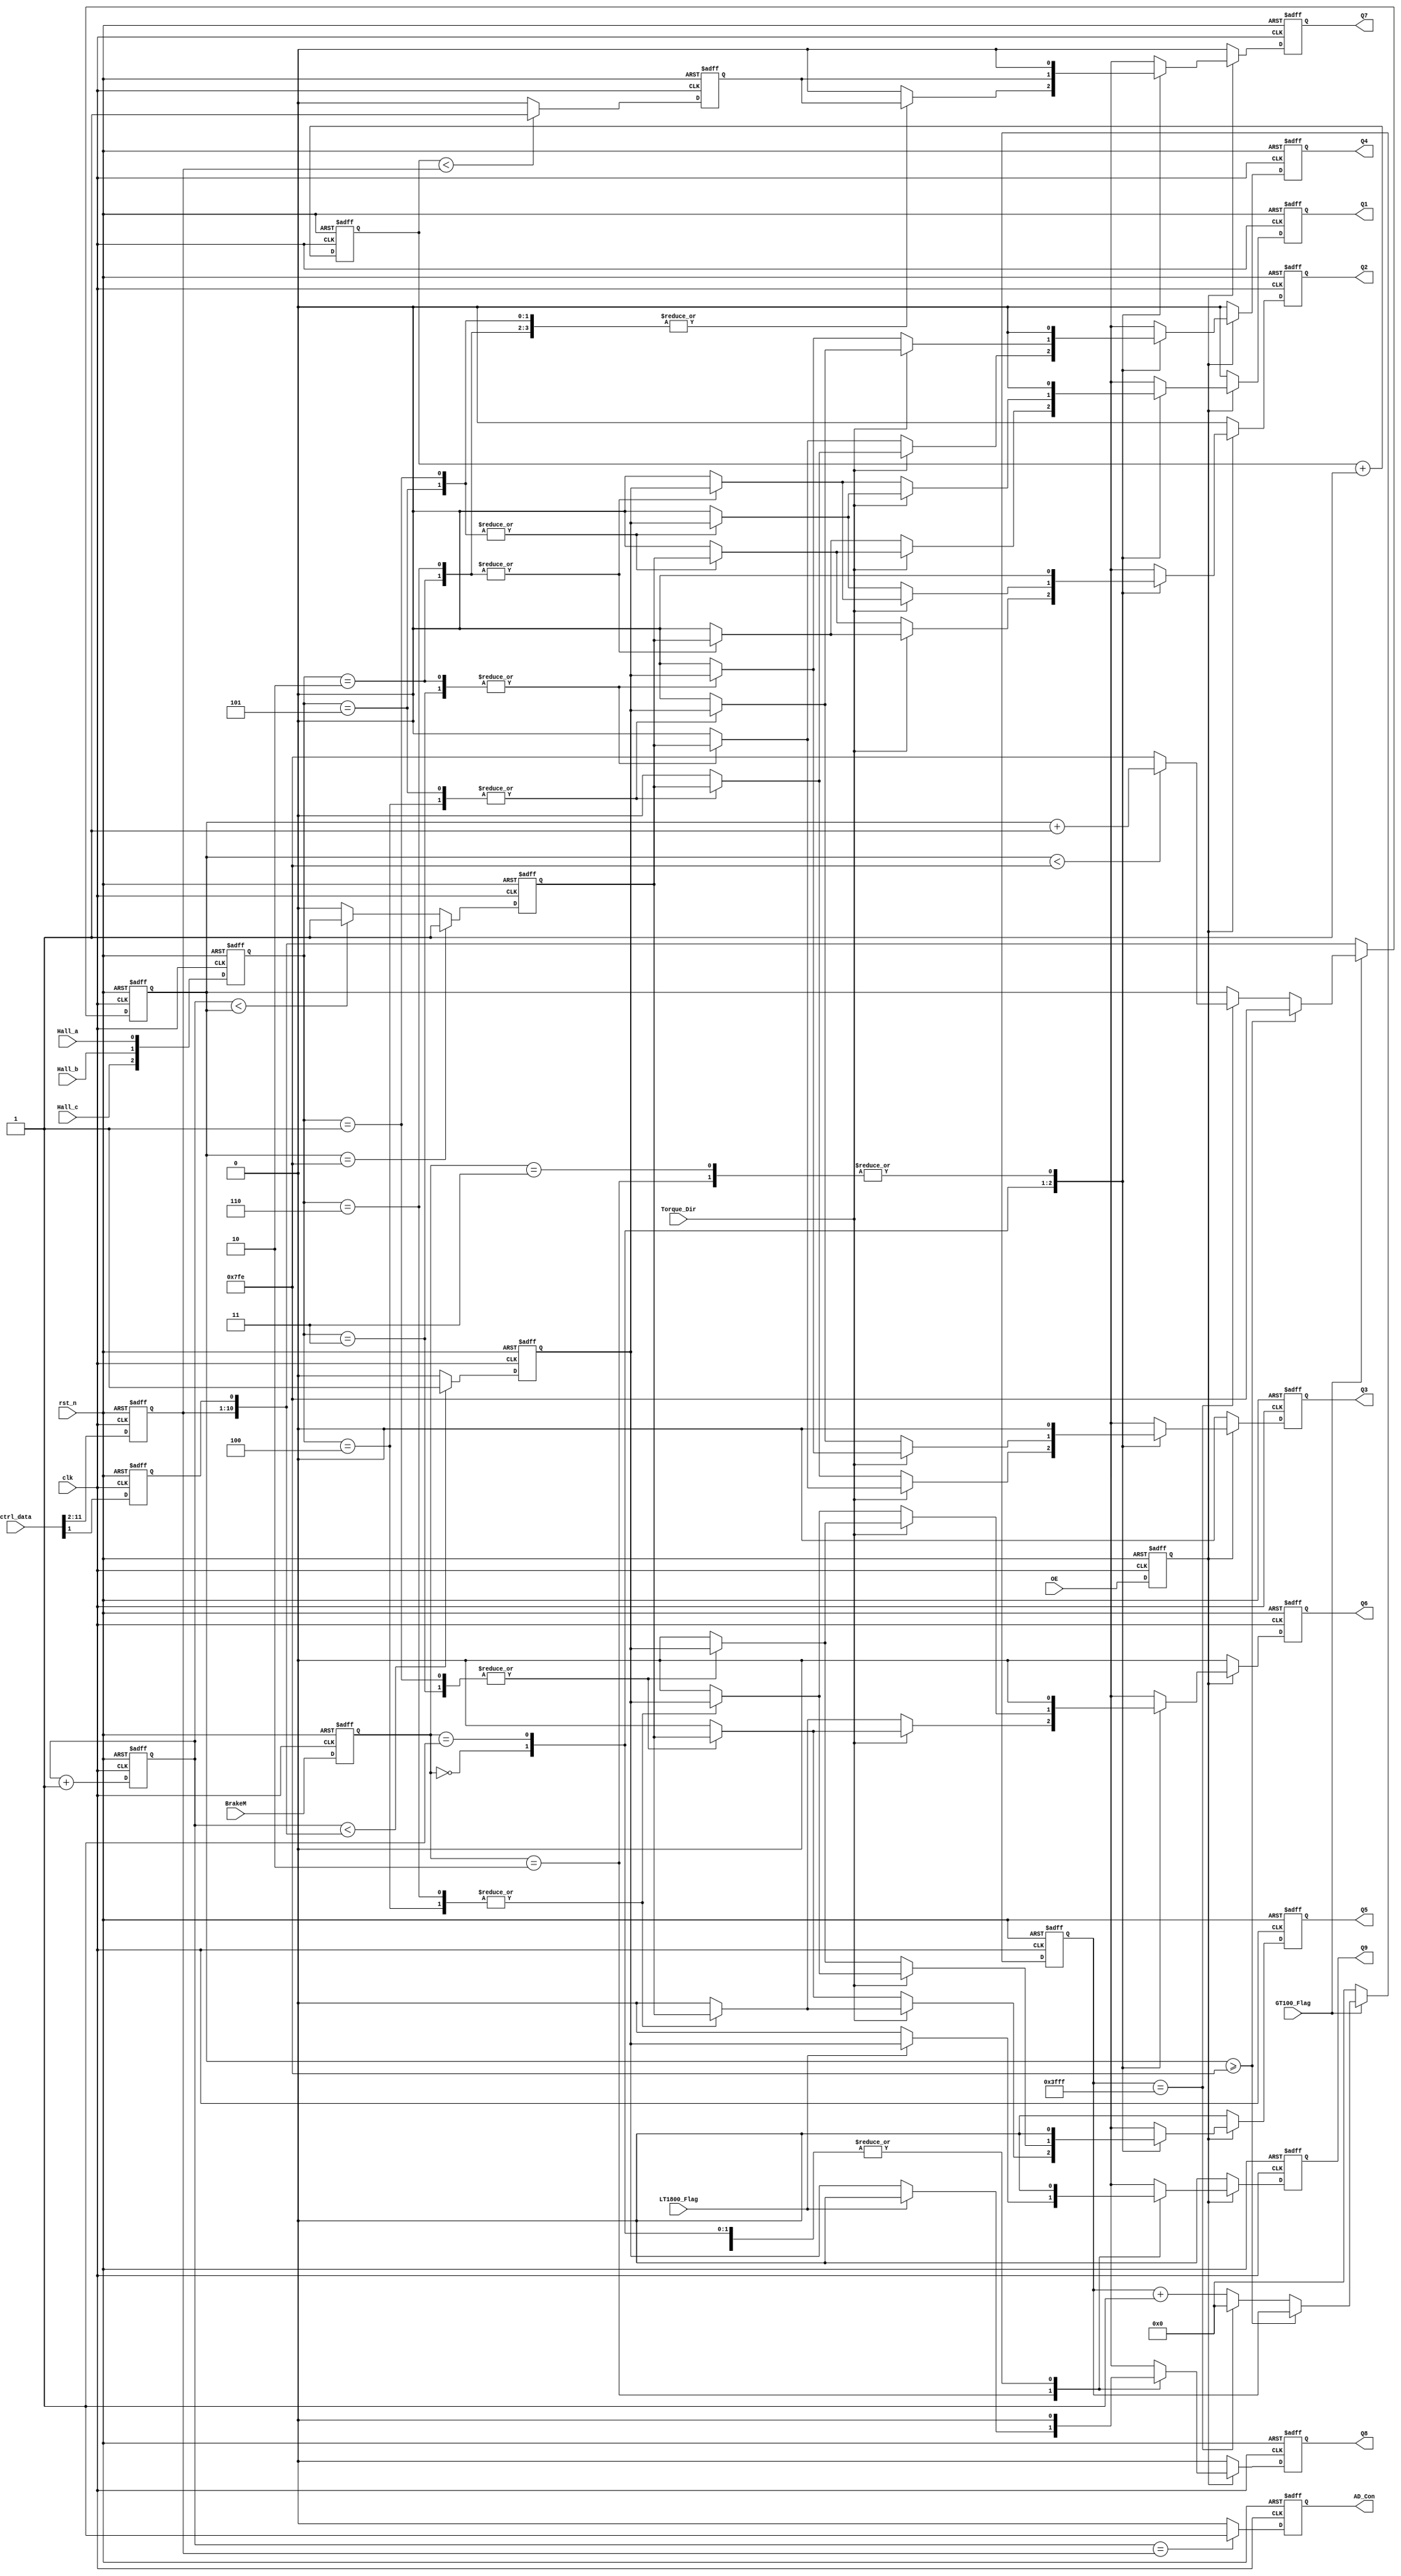
`timescale 1ns / 1ps
//////////////////////////////////////////////////////////////////////////////////
// Company: 
// Engineer: 
// 
// Design Name: 
// Module Name:    Q_Control 
// Project Name: 
// Target Devices: 
// Tool versions: 
// Description: 
//
// Dependencies: 
//
// Revision: 
// Revision 0.01 - File Created
// Additional Comments: 
//
//////////////////////////////////////////////////////////////////////////////////
module Q_Control(
  clk,
  rst_n, 
  Hall_a,
  Hall_b,
  Hall_c,
  Torque_Dir, 
  Q1,
  Q2,
  Q3,
  Q4,
  Q5,
  Q6,
  Q7,
  Q8,
  Q9,
  GT100_Flag,
  LT1800_Flag,
  BrakeM,
  OE,
  ctrl_data,
  AD_Con   
    );
input clk,rst_n;
input Hall_a,Hall_b,Hall_c;
input Torque_Dir;
input OE;
input LT1800_Flag;
input GT100_Flag;
input [11:0] ctrl_data;

reg pwm_reg2;
reg pwm_reg5;

output reg AD_Con;  //to start an ad convert cycle for module AD
output reg Q1,Q2,Q3,Q4,Q5,Q6;             
output reg Q7,Q8,Q9;
input [1:0] BrakeM;  

//---------------------------------------------------------------------
//?????????         ??Speed_Dir==0??  not confirmed
//         s1 s2 s3 s4 s5 s6
//---------------------------------------------------------------------
//Hall_a   1  1  1  0  0  0
//Hall_b   0  0  1  1  1  0
//Hall_c   1  0  0  0  1  1
//---------------------------------------------------------------------
//Q6;      0  1  1  0  0  0
//Q5;      0  0  0  0  1  1
//Q4;      1  0  0  0  0  1
//Q3;      0  0  1  1  0  0
//Q2;      0  0  0  1  1  0
//Q1;      1  1  0  0  0  0
//----------------------------------------------------------------------

//--------------------------------------------------------------------
// ????????       ??Speed_Dir==1??  not confirmed
//         s1 s2 s3 s4 s5 s6
//---------------------------------------------------------------------
//Hall_a   1  1  1  0  0  0
//Hall_b   0  0  1  1  1  0
//Hall_c   1  0  0  0  1  1
//---------------------------------------------------------------------
//Q6;      0  0  0  0  1  1
//Q5;      0  1  1  0  0  0
//Q4;      0  0  1  1  0  0
//Q3;      1  0  0  0  0  1
//Q2;      1  1  0  0  0  0
//Q1;      0  0  0  1  1  0
//----------------------------------------------------------------------


reg [2:0] HallReg;
reg [1:0] BrakeMode;
reg out_en;
wire [1:0] BrakeM; 
wire LT1800_Flag;

//reg [10:0] ctrl_reg2;
reg [10:0] ctrl_reg5;
reg [9:0] ctrl_reg_buck;      //29.25k
reg ctrl_reg2;

always @(posedge clk or negedge rst_n)
  if(!rst_n)
    begin
    HallReg <=0;
    BrakeMode <=2'b00;
    out_en <= 1'b0;
    ctrl_reg2 <= 1'b0;
    ctrl_reg_buck <= 10'd0;    
  end
  else
    begin
    HallReg<={Hall_c,Hall_b,Hall_a};
    BrakeMode <= BrakeM;
    out_en <= OE;         // 0 - stop control cycle,1- start control cycle
//    ctrl_reg2 <= ctrl_data[11:1];
    ctrl_reg2 <= ctrl_data[1];      //{ctrl_reg_buck,ctrl_reg2}  =====   ctrl_data[11:1]
    ctrl_reg_buck <= ctrl_data[11:2];
    end
 
 

reg pwm_reg_buck;

reg [10:0] cnt2;
//reg [10:0] cnt5;    //cnt5 ===== cnt2
reg [9:0] cnt_buck;
reg [13:0] ctrl_reg5cnt;

always@(posedge clk or negedge rst_n)
  if(!rst_n)
    begin
      ctrl_reg5 <= 11'd0;  
      ctrl_reg5cnt <= 14'd0;
    end
  else 
    begin
      if(GT100_Flag == 1'b0)        // speed < 100rpm
        begin
          ctrl_reg5 <= {ctrl_reg_buck,ctrl_reg2} ;  //ctrl_data[11:1]
          ctrl_reg5cnt <= 14'd0;
        end
      else
        begin     
          if(ctrl_reg5 >= 11'd2046)  //slow start for once,then always full pwm
            begin
              ctrl_reg5 <= 11'd2046;
            end
          else if(ctrl_reg5cnt == 14'd16383)      //546us
            begin
              if(ctrl_reg5 < 11'd2046)
                ctrl_reg5 <=  ctrl_reg5 + 1'b1;
              else
                ctrl_reg5 <=  11'd2046;
              ctrl_reg5cnt <= 14'd0 ;
            end
          else 
            ctrl_reg5cnt <=  ctrl_reg5cnt + 1'b1;
        end
    end   

  
always@(posedge clk or negedge rst_n)
  if(!rst_n)
    pwm_reg2 <=  1'b0;
  else 
    begin
      if(cnt2 < {ctrl_reg_buck,ctrl_reg2} )    //ctrl_data[11:1]
        pwm_reg2 <= 1'b1;
      else pwm_reg2 <= 1'b0;
    end


always@(posedge clk or negedge rst_n)
  if(!rst_n)
   begin
    pwm_reg5 <=  1'b0;
   end
  else 
   begin
    if(ctrl_reg5 == 11'd2046)
      pwm_reg5 <= 1'b1;
//    else if(cnt5 < ctrl_reg5)   //cnt5 ===== cnt2
     else if(cnt2 < ctrl_reg5)   //cnt5 ===== cnt2
     pwm_reg5 <= 1'b1;
    else pwm_reg5 <= 1'b0;
   end

always@(posedge clk or negedge rst_n)
  if(!rst_n)
   begin
    pwm_reg_buck <=  1'b0;
   end
  else 
   begin
    if(cnt_buck < ctrl_reg_buck) 
      pwm_reg_buck <= 1'b1;
    else pwm_reg_buck <= 1'b0;
   end
  
always @(posedge clk or negedge rst_n)
  if(!rst_n) 
    begin
      cnt2 <= 11'b0;
//      cnt5 <= 11'b0;
      cnt_buck <= 10'b0;   
   end 
  else 
    begin
      cnt2 <= cnt2 + 1'b1;
//      cnt5 <= cnt5 + 1'b1;
      cnt_buck <= cnt_buck + 1'b1;
  end
 

always @(posedge clk or negedge rst_n)
  if(!rst_n) 
    begin
      AD_Con <= 1'b0;
    end
//  else if(cnt2 == {1'b0,ctrl_reg2[10:1]}) //if cycle start and cnt == ctrl_reg2/2,AD_Con = 1 and start an ad operation
    else if(cnt2 == {1'b0,ctrl_reg_buck}) //if cycle start and cnt == ctrl_reg2/2,AD_Con = 1 and start an ad operation

      AD_Con <= 1'b1;
    else
      AD_Con <= 1'b0;
 

  

//------------------------------------------------------------------------
always @(posedge clk or negedge rst_n)
 if(!rst_n)
   begin
    Q6<=1'b0; Q5<=1'b0; Q4<=1'b0; Q3<=1'b0; Q2<=1'b0; Q1 <= 1'b0;
    Q7<=1'b0; Q8<=1'b0; Q9 <= 1'b0;
   end
 else
  begin
  if(out_en == 1'b0) 
      begin
        Q6<=1'b0; Q5<=1'b0; Q4<=1'b0; Q3<=1'b0; Q2<=1'b0; Q1 <= 1'b0;
        Q7<=1'b0; Q8<=1'b0; Q9 <= 1'b0;
      end
  else
  begin
    case(BrakeMode)
    2'b00:    
    begin  
//    Q7 <= pwm_reg_buck;
    Q8 <= 1'b0;
    Q9 <= 1'b0;  
    if(Torque_Dir==1)                                                                                                
      case(HallReg)            
      3'b101:begin Q6<=1'b0; Q5<=1'b0; Q4<=pwm_reg5; Q3<=1'b0; Q2<=1'b0; Q1 <=pwm_reg5;Q7 <= pwm_reg_buck;end
      3'b001:begin Q6<=pwm_reg5; Q5<=1'b0; Q4<=1'b0; Q3<=1'b0; Q2<=1'b0; Q1 <=pwm_reg5;Q7 <= pwm_reg_buck;end
      3'b011:begin Q6<=pwm_reg5; Q5<=1'b0; Q4<=1'b0; Q3<=pwm_reg5; Q2<=1'b0; Q1 <=1'b0;Q7 <= pwm_reg_buck;end
      3'b010:begin Q6<=1'b0; Q5<=1'b0; Q4<=1'b0; Q3<=pwm_reg5; Q2<=pwm_reg5; Q1 <=1'b0;Q7 <= pwm_reg_buck;end
      3'b110:begin Q6<=1'b0; Q5<=pwm_reg5; Q4<=1'b0; Q3<=1'b0; Q2<=pwm_reg5; Q1 <=1'b0;Q7 <= pwm_reg_buck;end
      3'b100:begin Q6<=1'b0; Q5<=pwm_reg5; Q4<=pwm_reg5; Q3<=1'b0; Q2<=1'b0; Q1 <=1'b0;Q7 <= pwm_reg_buck;end
      default:begin Q6<=1'b0; Q5<=1'b0; Q4<=1'b0; Q3<=1'b0; Q2<=1'b0; Q1 <=1'b0;Q7 <= 1'b0;end
      endcase
    else                            //******SpeedDir==1 
      case(HallReg)                
      3'b101: begin Q6<=1'b0; Q5<=1'b0; Q4<=1'b0; Q3<=pwm_reg5; Q2<=pwm_reg5; Q1<= 1'b0;Q7 <= pwm_reg_buck;end
      3'b001: begin Q6<=1'b0; Q5<=pwm_reg5; Q4<=1'b0; Q3<=1'b0; Q2<=pwm_reg5; Q1<= 1'b0;Q7 <= pwm_reg_buck;end
      3'b011: begin Q6<=1'b0; Q5<=pwm_reg5; Q4<=pwm_reg5; Q3<=1'b0; Q2<=1'b0; Q1<= 1'b0;Q7 <= pwm_reg_buck;end
      3'b010: begin Q6<=1'b0; Q5<=1'b0; Q4<=pwm_reg5; Q3<=1'b0; Q2<=1'b0; Q1<= pwm_reg5;Q7 <= pwm_reg_buck;end
      3'b110: begin Q6<=pwm_reg5; Q5<=1'b0; Q4<=1'b0; Q3<=1'b0; Q2<=1'b0; Q1<= pwm_reg5;Q7 <= pwm_reg_buck;end
      3'b100: begin Q6<=pwm_reg5; Q5<=1'b0; Q4<=1'b0; Q3<=pwm_reg5; Q2<=1'b0; Q1<= 1'b0;Q7 <= pwm_reg_buck;end
      default: begin Q6<=1'b0; Q5<=1'b0; Q4<=1'b0; Q3<=1'b0; Q2<=1'b0; Q1<= 1'b0;Q7 <= 1'b0;end      
      endcase
    end    
  2'b01:
   begin 
   Q7 <= pwm_reg_buck;  
   Q8 <= 1'b0;
   Q9 <= 1'b0;   
   if(Torque_Dir==1)                   //SpeedDir==0
    begin
      case(HallReg)
      3'b101: begin Q6<=1'b0; Q5<=1'b0; Q4<=pwm_reg2; Q3<=1'b0; Q2<=1'b0; Q1 <=pwm_reg2;  end
      3'b001: begin Q6<=pwm_reg2; Q5<=1'b0; Q4<=1'b0; Q3<=1'b0; Q2<=1'b0; Q1 <=pwm_reg2;  end
      3'b011: begin Q6<=pwm_reg2; Q5<=1'b0; Q4<=1'b0; Q3<=pwm_reg2; Q2<=1'b0; Q1 <= 1'b0; end
      3'b010: begin Q6<=1'b0; Q5<=1'b0; Q4<=1'b0; Q3<=pwm_reg2; Q2<=pwm_reg2; Q1 <= 1'b0; end
      3'b110: begin Q6<=1'b0; Q5<=pwm_reg2; Q4<=1'b0; Q3<=1'b0; Q2<=pwm_reg2; Q1 <= 1'b0; end
      3'b100: begin Q6<=1'b0; Q5<=pwm_reg2; Q4<=pwm_reg2; Q3<=1'b0; Q2<=1'b0; Q1 <= 1'b0; end
      default:begin Q6<=1'b0; Q5<=1'b0; Q4<=1'b0; Q3<=1'b0; Q2<=1'b0; Q1 <= 1'b0; end  
      endcase
    end   
   else                            //******SpeedDir==1 
    begin
     case(HallReg)
     3'b101: begin Q6<=1'b0; Q5<=1'b0; Q4<=1'b0; Q3<=pwm_reg2; Q2<=pwm_reg2; Q1 <= 1'b0;  end
     3'b001: begin Q6<=1'b0; Q5<=pwm_reg2; Q4<=1'b0; Q3<=1'b0; Q2<=pwm_reg2; Q1 <= 1'b0;  end
     3'b011: begin Q6<=1'b0; Q5<=pwm_reg2; Q4<=pwm_reg2; Q3<=1'b0; Q2<=1'b0; Q1 <= 1'b0;  end
     3'b010: begin Q6<=1'b0; Q5<=1'b0; Q4<=pwm_reg2; Q3<=1'b0; Q2<=1'b0; Q1 <=pwm_reg2;   end
     3'b110: begin Q6<=pwm_reg2; Q5<=1'b0; Q4<=1'b0; Q3<=1'b0; Q2<=1'b0; Q1 <=pwm_reg2;   end
     3'b100: begin Q6<=pwm_reg2; Q5<=1'b0; Q4<=1'b0; Q3<=pwm_reg2; Q2<=1'b0; Q1 <= 1'b0;  end
     default: begin Q6<=1'b0; Q5<=1'b0; Q4<=1'b0; Q3<=1'b0; Q2<=1'b0; Q1 <= 1'b0; end  
     endcase
    end
   end
  
 2'b10: 
    begin  
      if(LT1800_Flag) 
        begin
          Q7 <=1'b0;
//          Q8 <=pwm_reg2;
          Q8 <=1'b0;
          Q9 <=pwm_reg2;
          Q6 <=1'b0;
          Q5 <=1'b0;
          Q4 <=1'b0;
          Q3 <=1'b0;
          Q2 <=1'b0;
          Q1 <=1'b0;
        end
      else 
        begin 
          Q7 <= 1'b0;
          Q8 <= pwm_reg2;
          Q9 <= 1'b0;
          Q6 <=1'b0;
          Q5 <=1'b0;
          Q4 <=1'b0;
          Q3 <=1'b0;
          Q2 <=1'b0;
          Q1 <=1'b0;    
       end 
    end   
 2'b11: 
    begin
     Q7<=1'b0;
     Q8<=1'b0;
     Q9<=1'b0;
     Q6<=1'b0;
     Q5<=1'b0;
     Q4<=1'b0;
     Q3<=1'b0;
     Q2<=1'b0;
     Q1<=1'b0;
   end  

  default: 
   begin
     Q7<=1'b0;
     Q8<=1'b0;
     Q9<=1'b0;
     Q6<=1'b0;
     Q5<=1'b0;
     Q4<=1'b0;
     Q3<=1'b0;
     Q2<=1'b0;
     Q1<=1'b0;
   end
  endcase
  end
 end

endmodule